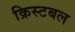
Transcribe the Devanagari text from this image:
क्रिस्टबल